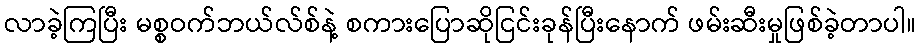
လာခဲ့ကြပြီး မစ္စဝက်ဘယ်လ်စ်နဲ့ စကားပြောဆိုငြင်းခုန်ပြီးနောက် ဖမ်းဆီးမှုဖြစ်ခဲ့တာပါ။